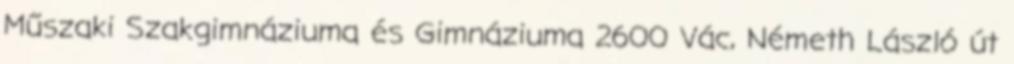
Műszaki Szakgimnáziuma és Gimnáziuma 2600 Vác, Németh László út